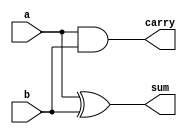
`timescale 1ns / 1ps
//////////////////////////////////////////////////////////////////////////////////
// Company: 
// Engineer: 
// 
// Design Name: 
// Module Name:    ha 
// Project Name: 
// Target Devices: 
// Tool versions: 
// Description: 
//
// Dependencies: 
//
// Revision: 
// Revision 0.01 - File Created
// Additional Comments: 
//
//////////////////////////////////////////////////////////////////////////////////
module ha(
    input [0:0] a ,
    input [0:0] b,
    output [0:0] sum,
    output [0:0] carry
    );

assign sum = a^b ;
assign carry = a&b ;

endmodule